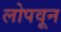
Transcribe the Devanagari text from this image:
लोपवून